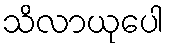
သိလာယုပေါ